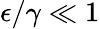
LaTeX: \epsilon/\gamma\ll 1